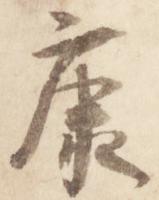
康